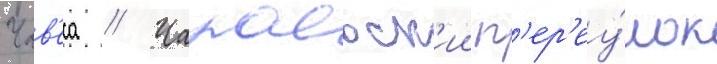
Чав'еса // Чапаевск'ии п'ер'еу́лок